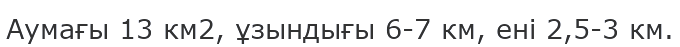
Аумағы 13 км2, ұзындығы 6-7 км, ені 2,5-3 км.